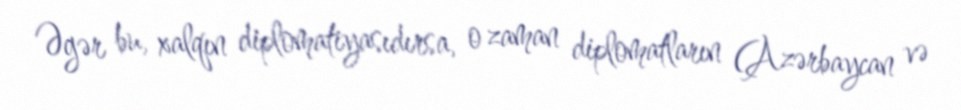
Əgər bu, xalqın diplomatiyasıdırsa, o zaman diplomatların (Azərbaycan və